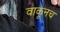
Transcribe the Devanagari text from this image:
वाकूनच